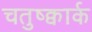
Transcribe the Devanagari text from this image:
चतुष्क्वार्क